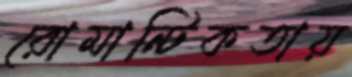
রোমান্টিকতায়